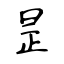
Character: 昰